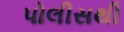
પોલીસથી